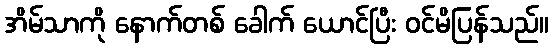
အိမ်သာကို နောက်တစ် ခေါက် ယောင်ပြီး ဝင်မိပြန်သည်။